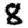
Digit: 8